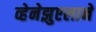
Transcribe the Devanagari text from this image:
व्हेनेझुएलाने